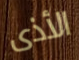
الأذى